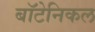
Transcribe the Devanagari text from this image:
बॉटेनिकल